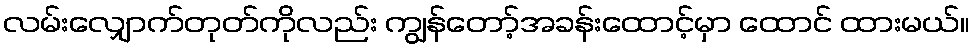
လမ်းလျှောက်တုတ်ကိုလည်း ကျွန်တော့်အခန်းထောင့်မှာ ထောင် ထားမယ်။